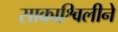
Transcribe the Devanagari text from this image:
साकाश्विलीने